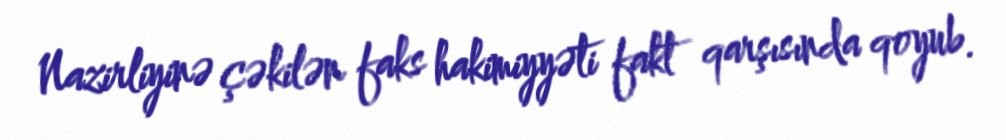
Nazirliyinə çəkilən faks hakimiyyəti fakt qarşısında qoyub.